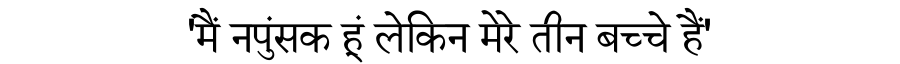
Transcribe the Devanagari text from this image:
'मैं नपुंसक हूं लेकिन मेरे तीन बच्चे हैं'